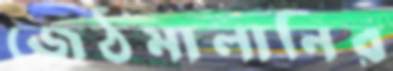
জেঠমালানির